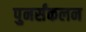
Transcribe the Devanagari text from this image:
पुनर्संकलन